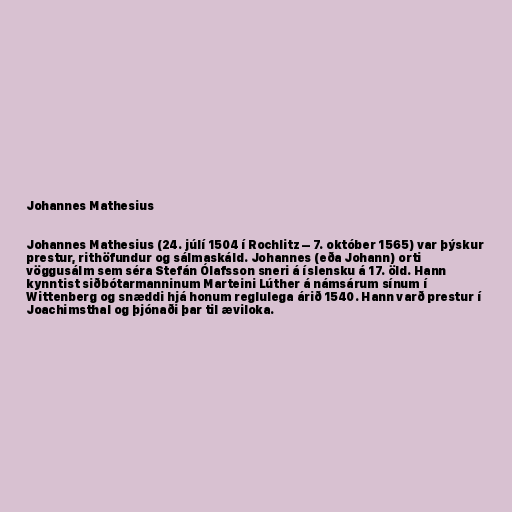
Johannes Mathesius

Johannes Mathesius (24. júlí 1504 í Rochlitz – 7. október 1565) var þýskur
prestur, rithöfundur og sálmaskáld. Johannes (eða Johann) orti
vöggusálm sem séra Stefán Ólafsson sneri á íslensku á 17. öld. Hann
kynntist siðbótarmanninum Marteini Lúther á námsárum sínum í
Wittenberg og snæddi hjá honum reglulega árið 1540. Hann varð prestur í
Joachimsthal og þjónaði þar til æviloka.